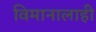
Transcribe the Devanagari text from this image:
विमानालाही